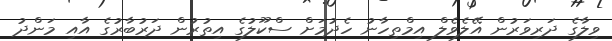
ވިލާގެ ދަރިވަރުން އޭލެވެލް އިމްތިހާނު ހެދުމަށް ސްކޫލުގެ އިތުރުން ދަރުބާރުގެ އާއި މަންދު